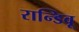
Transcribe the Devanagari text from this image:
रान्डिवू